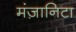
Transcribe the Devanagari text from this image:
मंज़ानिटा